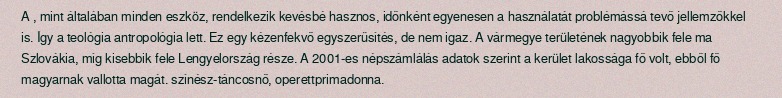
A , mint általában minden eszköz, rendelkezik kevésbé hasznos, időnként egyenesen a használatát problémássá tevő jellemzőkkel is. Így a teológia antropológia lett. Ez egy kézenfekvő egyszerűsítés, de nem igaz. A vármegye területének nagyobbik fele ma Szlovákia, míg kisebbik fele Lengyelország része. A 2001-es népszámlálás adatok szerint a kerület lakossága fő volt, ebből fő magyarnak vallotta magát. színész-táncosnő, operettprimadonna.